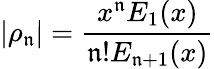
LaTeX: |\rho_{\mathfrak{n}}|=\frac{{x^{\mathfrak{n}}E_{1}(x)}}{{\mathfrak{n}!E_{\mathfrak{n}+1}(x)}}